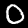
Label: 0